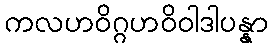
ကလဟဝိဂ္ဂဟဝိဝါဒါပန္နာ